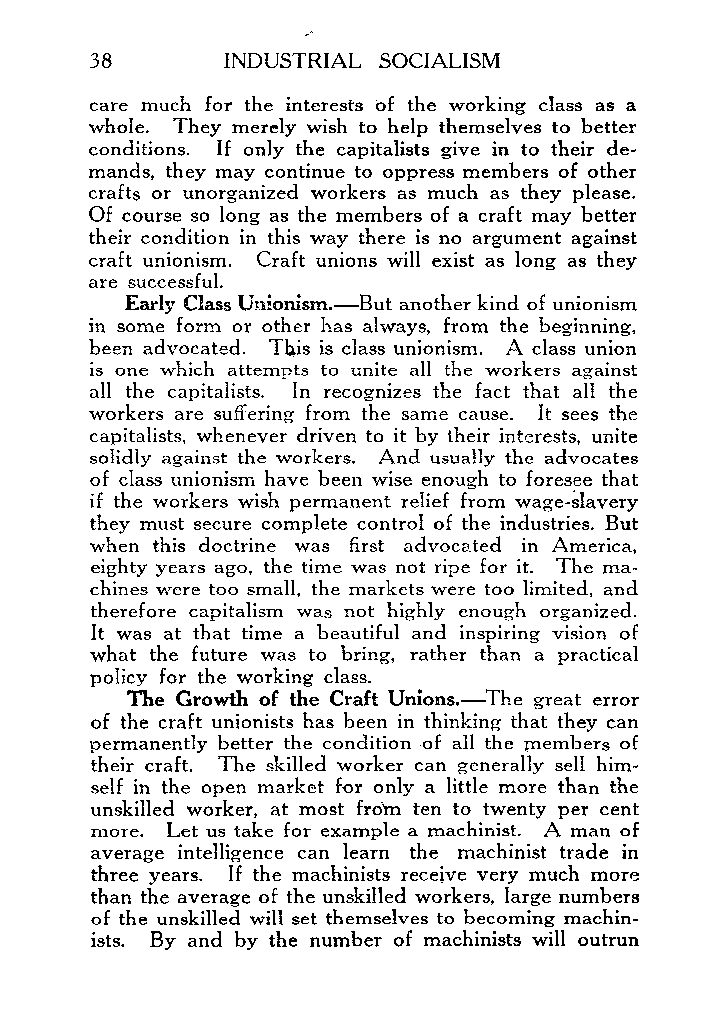
i
 38       INDUSTRIAL SOCIALISM
 care much for the interests of the working cIass as a
 whole. They merely wish to help themselves to better
 conditions. If only the capitalists give in to their de-
 mands, they may continue to oppress members of other
 crafts or unorganized workers as much as they please.
 Of course so long as the members of a craft may better
 their condition in this way there is no argument against
 craft unionism. Craft unions will exist as long as they
 are successful.
 Early Class Unionism.-But another kind of unionism
 in some form or other has always, from the beginning,
 been advocated. This is class unionism. A class union
 is one which attempts to unite all the workers against
 all the capitalists. In recognizes the fact that all the
 workers are suffering from the same cause. It sees the
 capitalists, whenever driven to it by their interests, unite
 solidly against the workers. And usually the advocates
 of class unionism have been wise enough to foresee that
 if the workers wish permanent relief from wage-slavery
 they must secure complete control of the industries. But
 when this doctrine was first advocated in America,
 eighty years ago, the time was not ripe for it. The ma-
 chines were too small, the markets were too limited, and
 therefore capitalism was not highly enough organized.
 It was at that time a beautiful and inspiring vision of
 what the future was to bring, rather than a practical
 policy for the working class.
 The Growth of the Craft Unions.-The great error
 of the craft unionists has been in thinking that they can
 permanently better the condition of all the members of
 their craft. The skilled worker can generally sell him-
 self in the open market for only a little more than the
 unskilled worker, at most from ten to twenty per cent
 more. Let us take for example a machinist. A man of
 average intelligence can learn the machinist trade in
 three years. If the machinists receive very much more
 than the average of the unskilled workers, large numbers
 of the unskilled will set themselves to becoming machin-
 ists. By and by the number of machinists will outrun